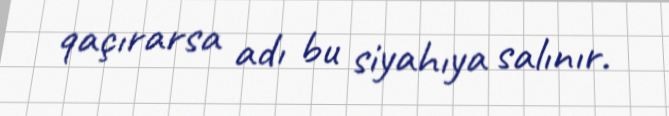
qaçırarsa adı bu siyahıya salınır.